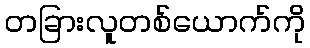
တခြားလူတစ်ယောက်ကို